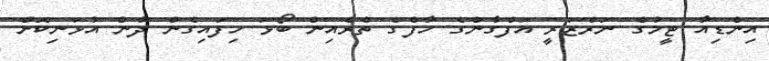
އިންޑިއާ ޓީމުގެ ނަރްޒަރީ އަފްގާންގެ ހާފްގެ ތެރެއިން ބޯޅަ ހިފައިގެން ދާން އުޅަނިކޮށް